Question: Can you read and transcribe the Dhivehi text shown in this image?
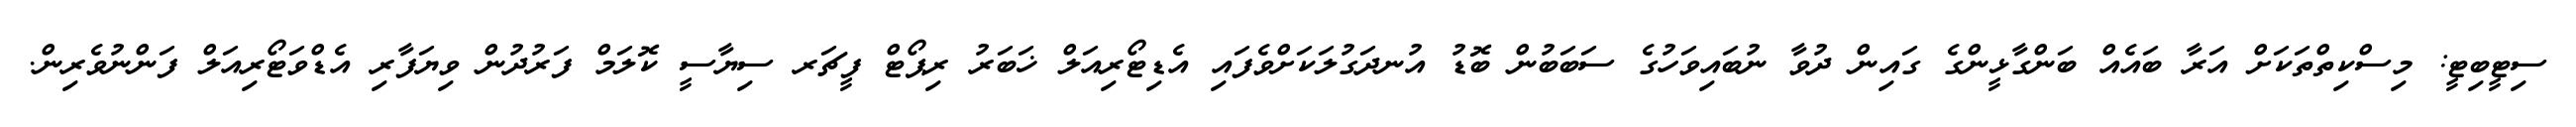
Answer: ސިޓީބިޓީ: މިސްކިތްތަކަށް އަރާ ބައެއް ބަންގާޅީންގެ ގައިން ދުވާ ނުބައިވަހުގެ ސަބަބުން ބޮޑު އުނދަގުލަކަށްވެފައި އެޑިޓޯރިއަލް ޚަބަރު ރިޕޯޓް ފީޗަރ ސިޔާސީ ކޮލަމް ފަރުދުން ވިޔަފާރި އެޑްވަޓޯރިއަލް ފަންނުވެރިން.